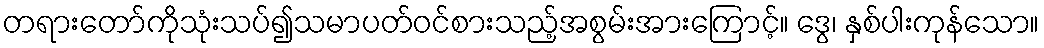
တရားတော်ကိုသုံးသပ်၍သမာပတ်ဝင်စားသည့်အစွမ်းအားကြောင့်။ ဒွေ၊ နှစ်ပါးကုန်သော။